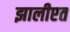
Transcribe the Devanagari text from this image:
झालीएत